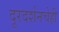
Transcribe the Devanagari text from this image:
दूरदर्शनचेही